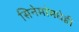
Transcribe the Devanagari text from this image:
सिनेमांमधेही